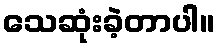
သေဆုံးခဲ့တာပါ။